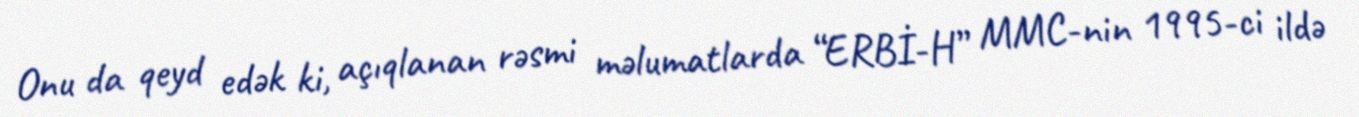
Onu da qeyd edək ki, açıqlanan rəsmi məlumatlarda “ERBİ-H” MMC-nin 1995-ci ildə